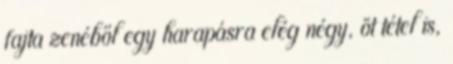
fajta zenéből egy harapásra elég négy, öt tétel is,